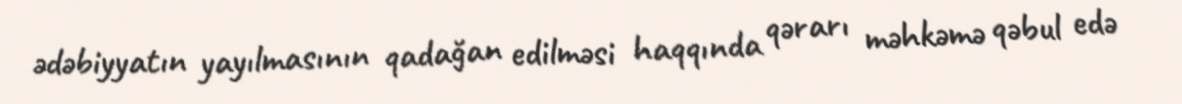
ədəbiyyatın yayılmasının qadağan edilməsi haqqında qərarı məhkəmə qəbul edə